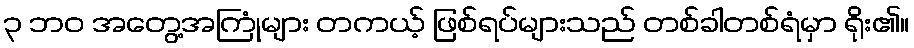
၃ ဘဝ အတွေ့အကြုံများ တကယ့် ဖြစ်ရပ်များသည် တစ်ခါတစ်ရံမှာ ရိုး၏။